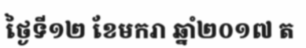
ថ្ងៃទី១២ ខែមករា ឆ្នាំ២០១៧ ត